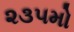
૨૩૫મો